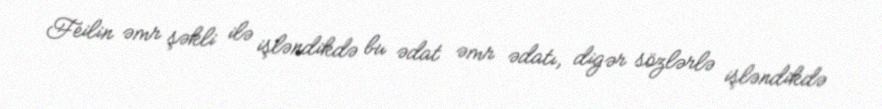
Feilin əmr şəkli ilə işləndikdə bu ədat əmr ədatı, digər sözlərlə işləndikdə